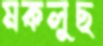
মকলুছ